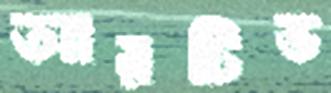
আরটিভ